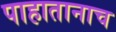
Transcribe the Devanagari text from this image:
पाहातानाच